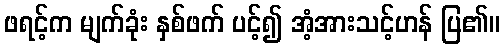
ဖရင့်က မျက်ခုံး နှစ်ဖက် ပင့်၍ အံ့အားသင့်ဟန် ပြ၏။